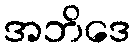
အဘိဒေ